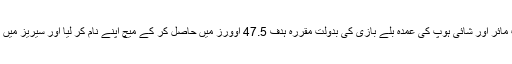
ویسٹ انڈیز کی ٹیم نے شمرون ہت مائر اور شائی ہوپ کی عمدہ بلے بازی کی بدولت مقررہ ہدف 47.5 اوورز میں حاصل کر کے میچ اپنے نام کر لیا اور سیریز میں 0-1 کی برتری حاصل کر لی ہے۔